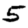
Digit: 5